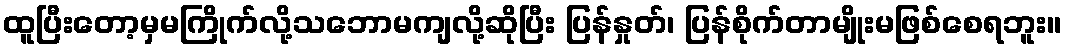
ထူပြီးတော့မှမကြိုက်လို့သဘောမကျလို့ဆိုပြီး ပြန်နှုတ်၊ ပြန်စိုက်တာမျိုးမဖြစ်စေရဘူး။